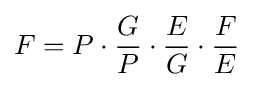
F=P\cdot {\frac {G}{P}}\cdot {\frac {E}{G}}\cdot {\frac {F}{E}}